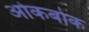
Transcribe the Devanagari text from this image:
ओकबोक